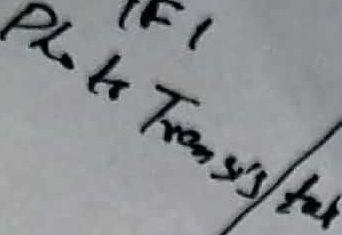
Text: Photo Transistor